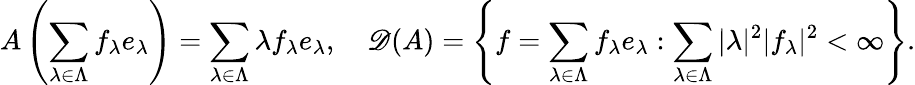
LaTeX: A\left(\sum_{\lambda\in\Lambda}f_{\lambda}e_{\lambda}\right)=\sum_{\lambda\in\Lambda}\lambda f_{\lambda}e_{\lambda},\quad\mathscr{D}(A)=\left\{ f=\sum_{\lambda\in\Lambda}f_{\lambda}e_{\lambda}:\sum_{\lambda\in\Lambda}|\lambda|^{2}|f_{\lambda}|^{2}<\infty\right\} .